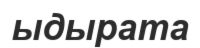
ыдырата